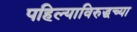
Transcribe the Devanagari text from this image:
पहिल्याविरुद्धच्या